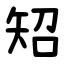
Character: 䂏